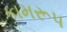
કામરૂપ